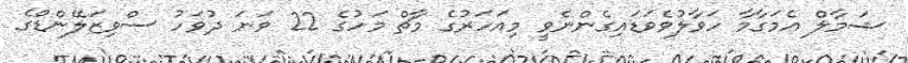
ޝަމާލް އެމަގާމާ ހަވާލުވެވަޑައިގެންނެވީ މިއަހަރުގެ މާޗް މަހުގެ 22 ވަނަ ދުވަހު ސްވިޒަލޭންޑްގެ